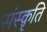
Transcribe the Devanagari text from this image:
संस्‍क़ृति